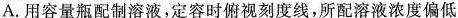
A.用容量瓶配制溶液，定容时俯视刻度线，所配溶液浓度偏低